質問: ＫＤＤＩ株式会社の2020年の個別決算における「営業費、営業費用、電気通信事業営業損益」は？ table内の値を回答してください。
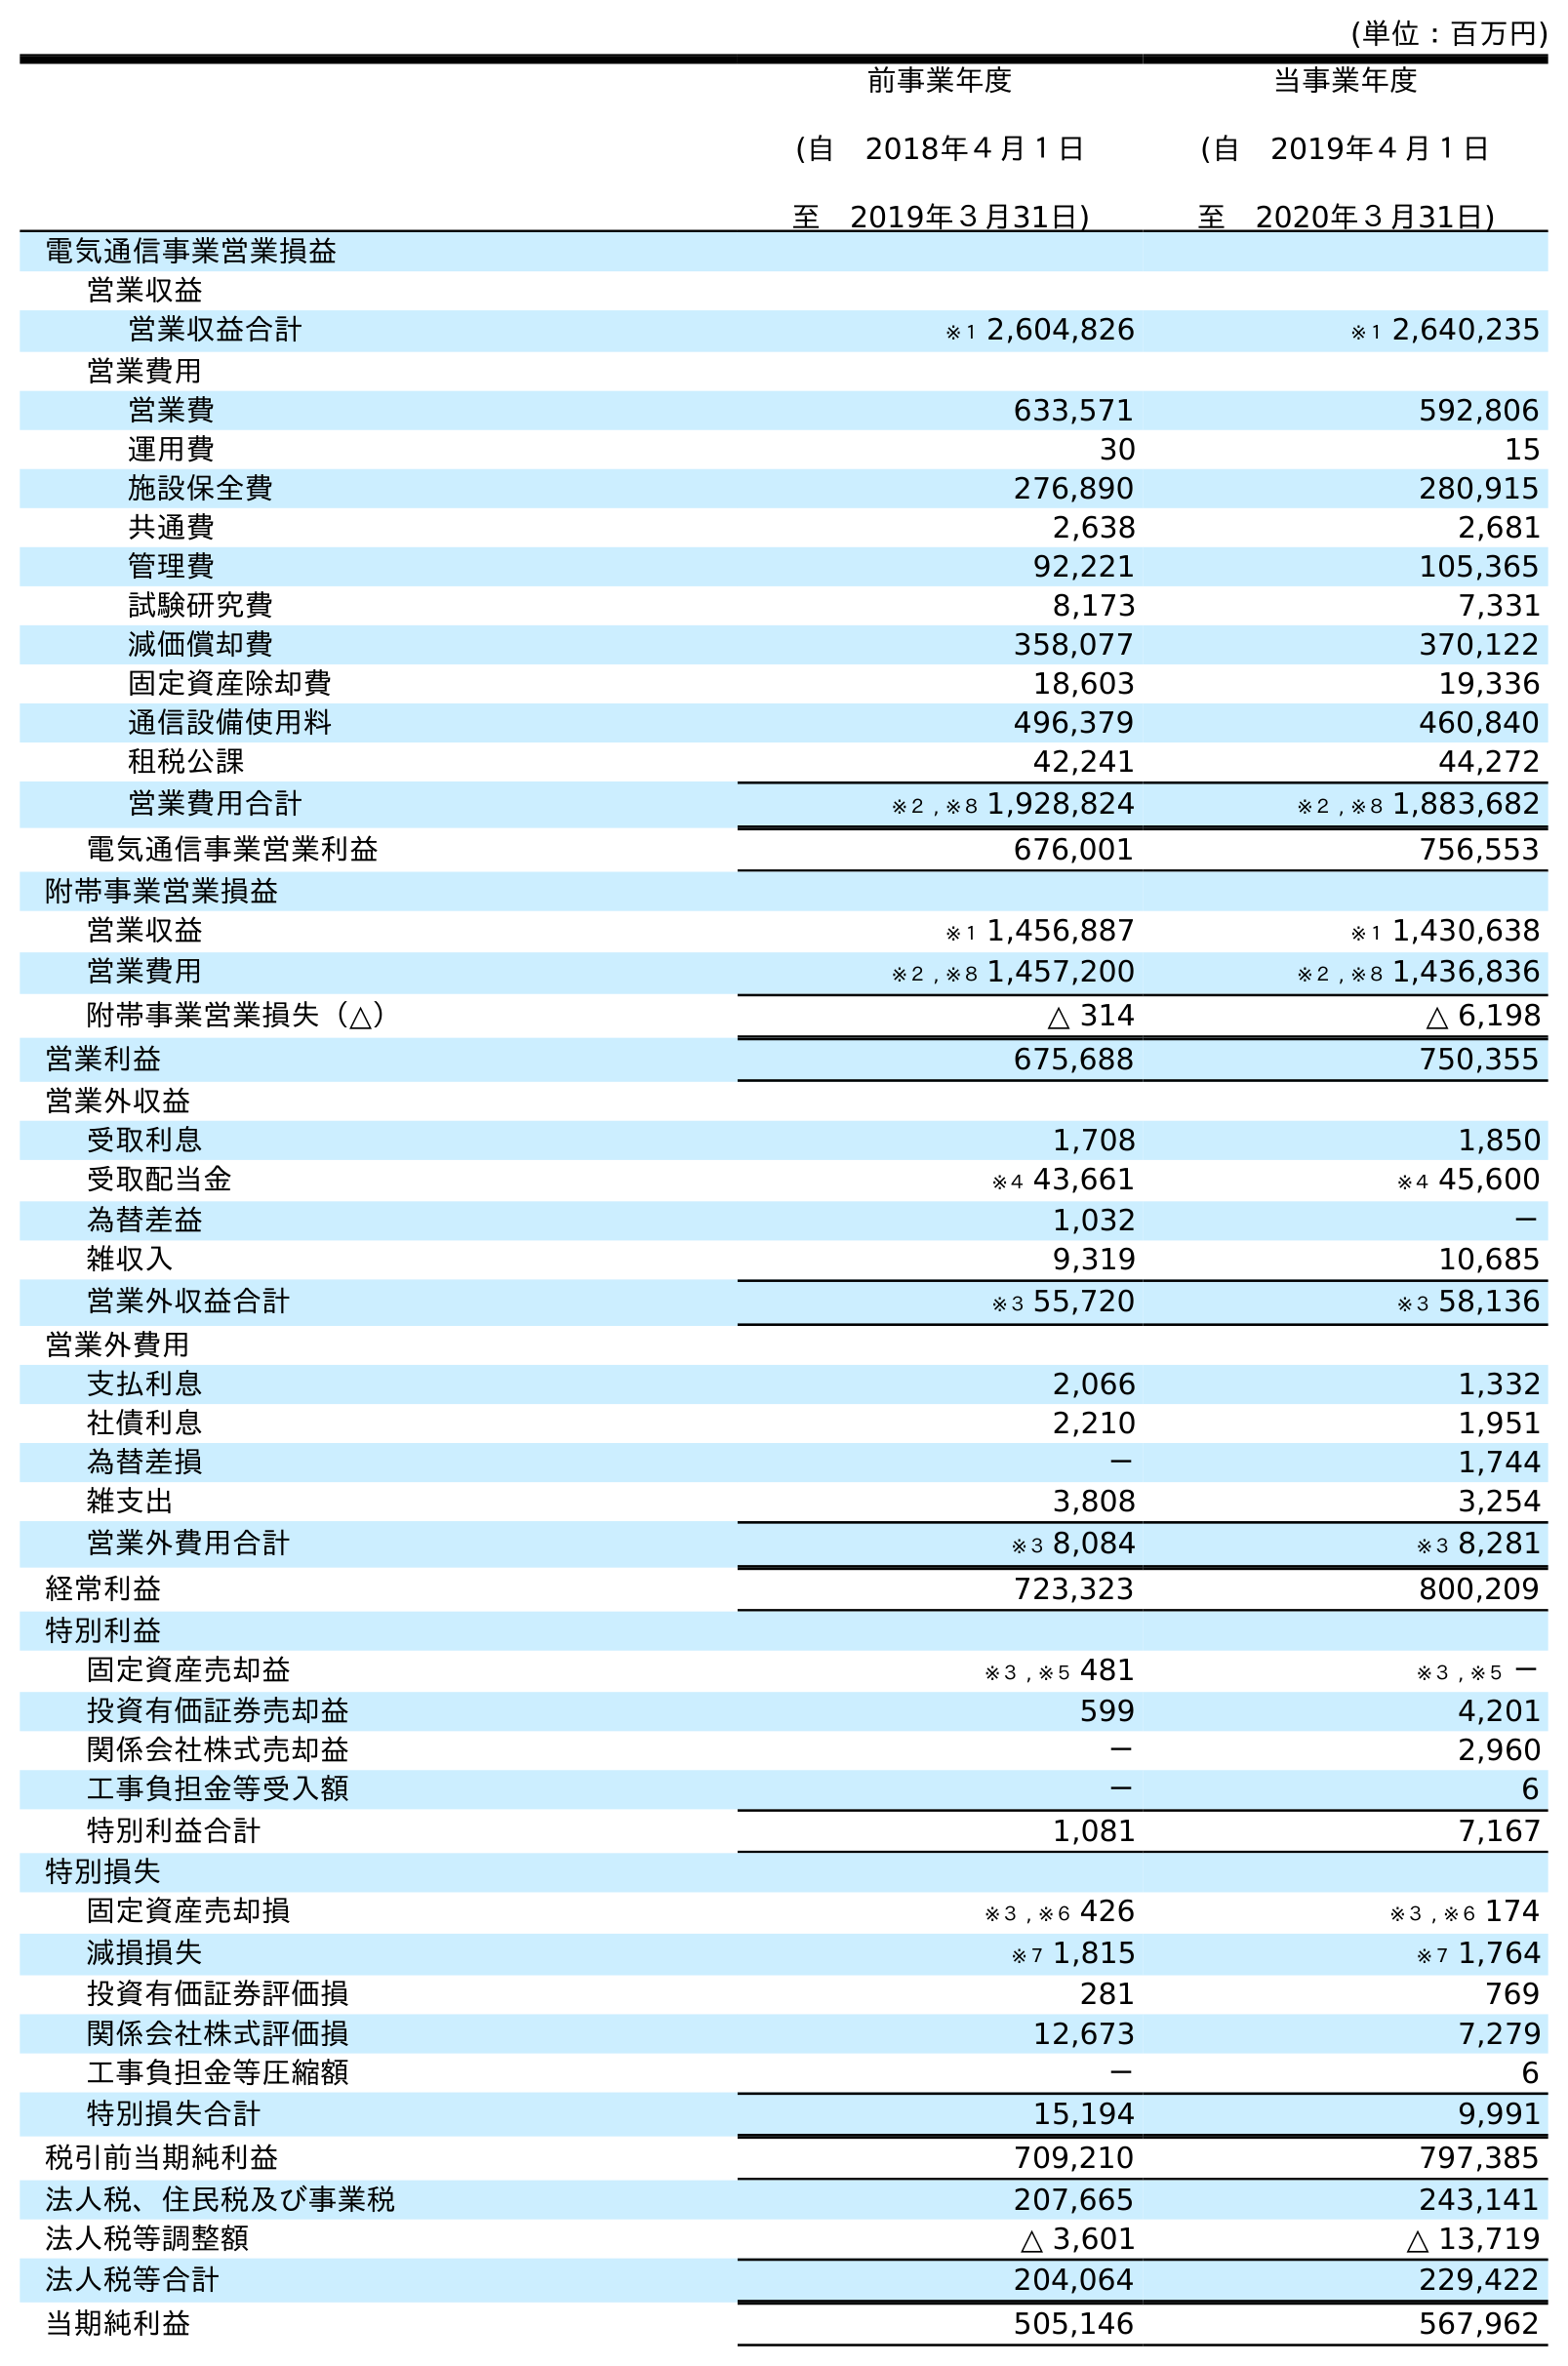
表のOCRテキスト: (単位：百万円) 前事業年度 (自 2018年４月１日 至 2019年３月31日) 当事業年度 (自 2019年４月１日 至 2020年３月31日) 電気通信事業営業損益 営業収益 営業収益合計 ※１ 2,604,826 ※１ 2,640,235 営業費用 営業費 633,571 592,806 運用費 30 15 施設保全費 276,890 280,915 共通費 2,638 2,681 管理費 92,221 105,365 試験研究費 8,173 7,331 減価償却費 358,077 370,122 固定資産除却費 18,603 19,336 通信設備使用料 496,379 460,840 租税公課 42,241 44,272 営業費用合計 ※２ , ※８ 1,928,824 ※２ , ※８ 1,883,682 電気通信事業営業利益 676,001 756,553 附帯事業営業損益 営業収益 ※１ 1,456,887 ※１ 1,430,638 営業費用 ※２ , ※８ 1,457,200 ※２ , ※８ 1,436,836 附帯事業営業損失（△） △ 314 △ 6,198 営業利益 675,688 750,355 営業外収益 受取利息 1,708 1,850 受取配当金 ※４ 43,661 ※４ 45,600 為替差益 1,032 － 雑収入 9,319 10,685 営業外収益合計 ※３ 55,720 ※３ 58,136 営業外費用 支払利息 2,066 1,332 社債利息 2,210 1,951 為替差損 － 1,744 雑支出 3,808 3,254 営業外費用合計 ※３ 8,084 ※３ 8,281 経常利益 723,323 800,209 特別利益 固定資産売却益 ※３ , ※５ 481 ※３ , ※５ － 投資有価証券売却益 599 4,201 関係会社株式売却益 － 2,960 工事負担金等受入額 － 6 特別利益合計 1,081 7,167 特別損失 固定資産売却損 ※３ , ※６ 426 ※３ , ※６ 174 減損損失 ※７ 1,815 ※７ 1,764 投資有価証券評価損 281 769 関係会社株式評価損 12,673 7,279 工事負担金等圧縮額 － 6 特別損失合計 15,194 9,991 税引前当期純利益 709,210 797,385 法人税、住民税及び事業税 207,665 243,141 法人税等調整額 △ 3,601 △ 13,719 法人税等合計 204,064 229,422 当期純利益 505,146 567,962
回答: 592,806